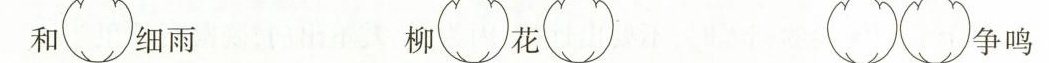
和 细雨 柳 花 争鸣